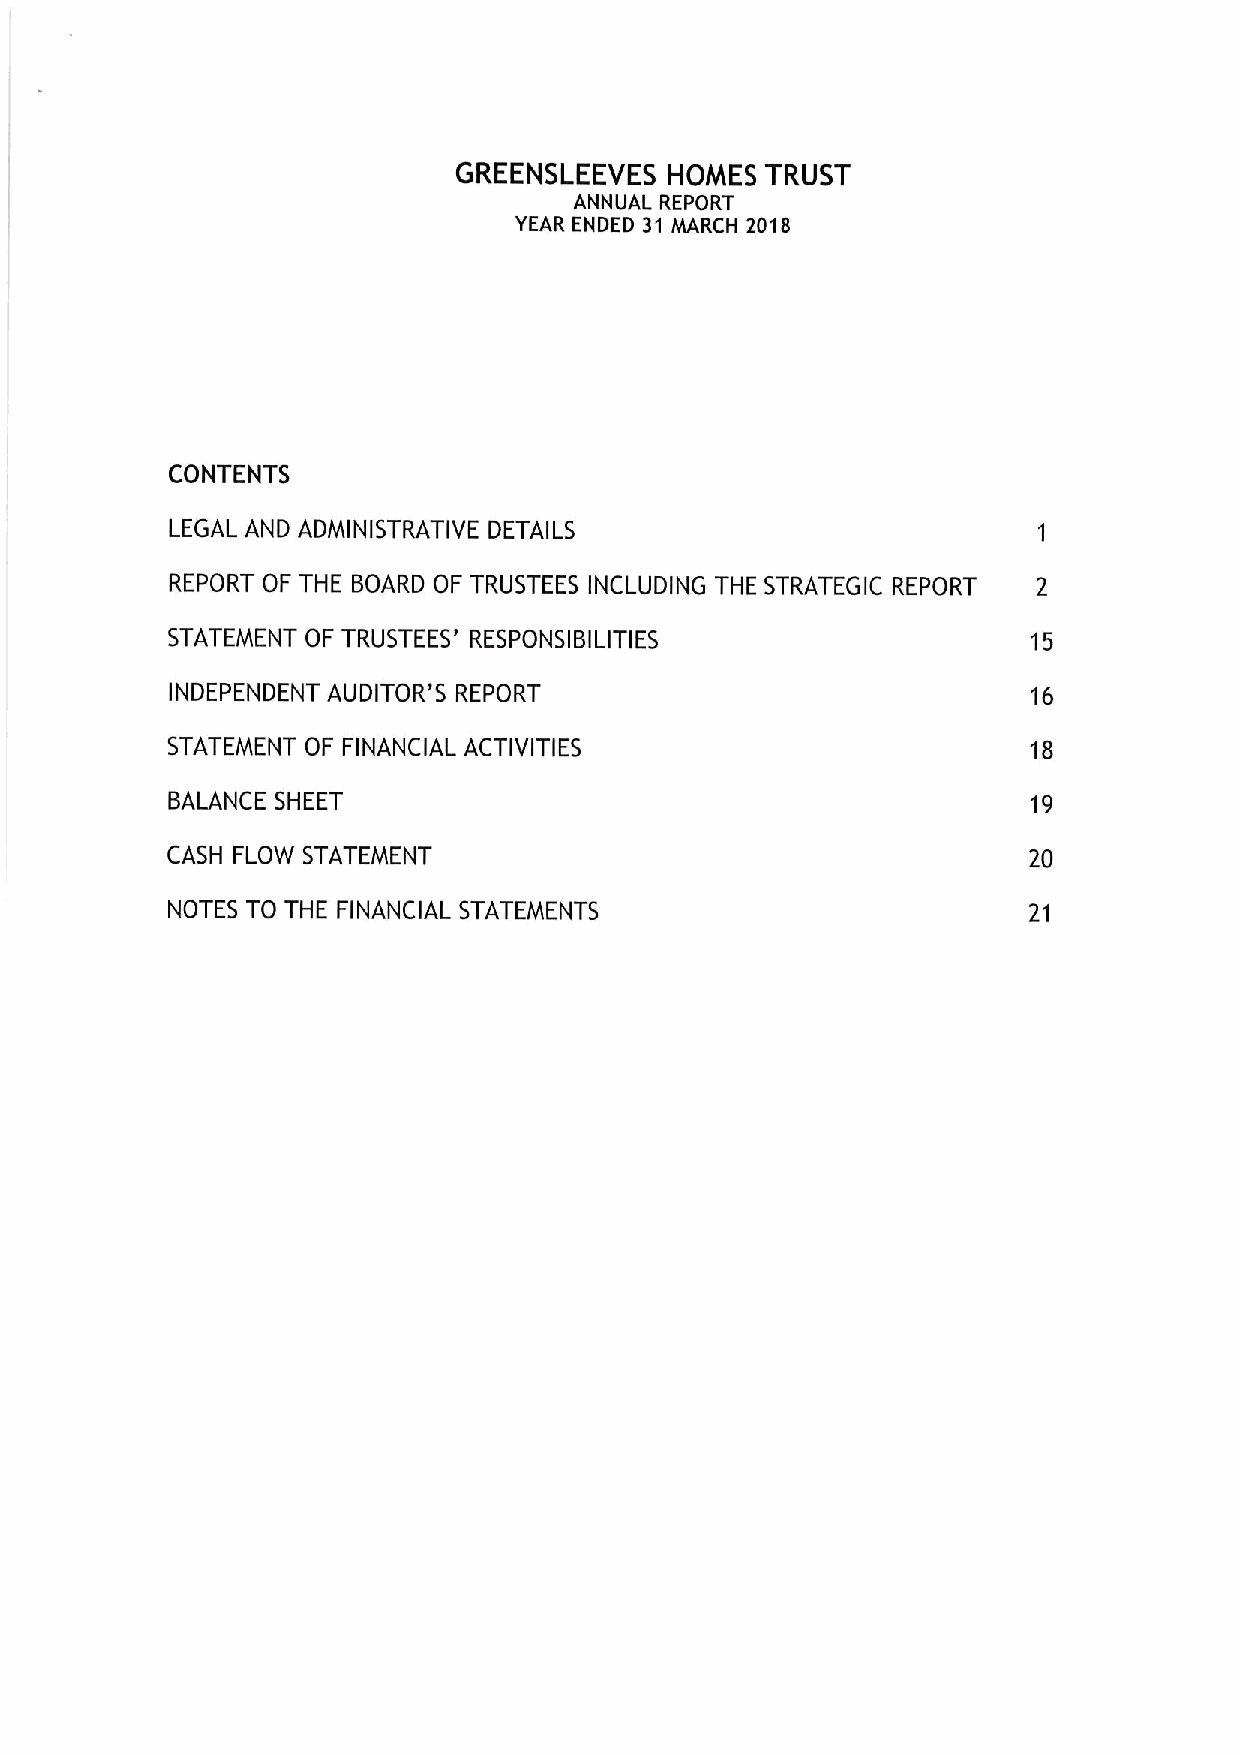
GREENSLEEVES  HOMES  TRUST
 ANNUAL REPORT
 YEAR ENDED 31 MARCH 2I3'I8
 CONTENTS
 LEGAL AND ADMINISTRATIVE DETAILS
 REPORT OF THE BOARD OF TRUSTEES INCLUDING THE STRATEGIC REPORT 2
 STATEMENT OF TRUSTEES' RESPONSIBILITIES                  15
 INDEPENDENT AUDITOR'5 REPORT                             16
 STATEMENT OF FINANCIAL ACTIVITIES                        18
 BALANCE SHEET                                            19
 CASH FLOW STATEMENT                                      20
 NOTES TO THE FINANCIAL STATEMENTS                        21